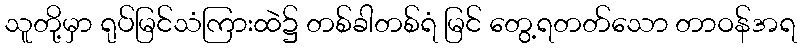
သူတို့မှာ ရုပ်မြင်သံကြားထဲ၌ တစ်ခါတစ်ရံ မြင် တွေ့ရတတ်သော တာဝန်အရ